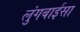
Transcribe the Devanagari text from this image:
लुंगबाईसा